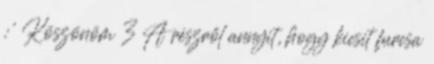
:' Köszönöm 3 A részről annyit, hogy kicsit furcsa